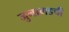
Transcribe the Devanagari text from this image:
जुनागडची